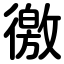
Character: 徼